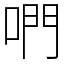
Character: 𠵘